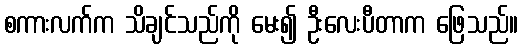
စကားလက်က သိချင်သည်ကို မေး၍ ဦးလေးပီတာက ဖြေသည်။